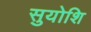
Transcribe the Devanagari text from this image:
सुयोशि